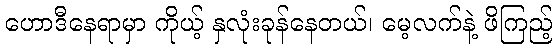
ဟောဒီနေရာမှာ ကိုယ့် နှလုံးခုန်နေတယ်၊ မေ့လက်နဲ့ ဖိကြည့်